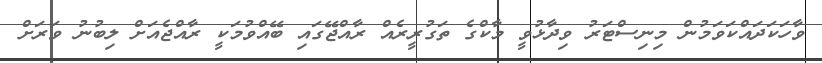
ވާހަކަދައްކަވަމުން މިނިސްޓަރު ވިދާޅުވީ މާކްގެ ތަގުރީރެއް ރާއްޖޭގައި ބޭއްވުމަކީ ރާއްޖެއަށް ލިބުނު ވަރަށް